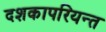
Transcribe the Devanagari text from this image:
दशकापरियन्त